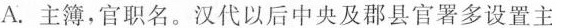
A.主簿，官职名。汉代以后中央及郡县官署多设置主